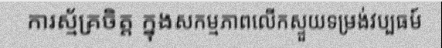
ការស្ម័គ្រចិត្ត ក្នុងសកម្មភាពលើកស្ទួយទម្រង់វប្បធម៍